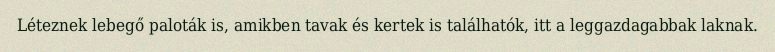
Léteznek lebegő paloták is, amikben tavak és kertek is találhatók, itt a leggazdagabbak laknak.